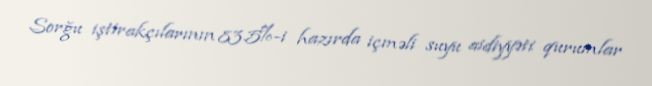
Sorğu iştirakçılarının 83.5%-i hazırda içməli suyu aidiyyəti qurumlar